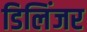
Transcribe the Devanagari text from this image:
डिलिंजर